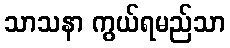
သာသနာ ကွယ်ရမည်သာ